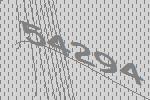
54294